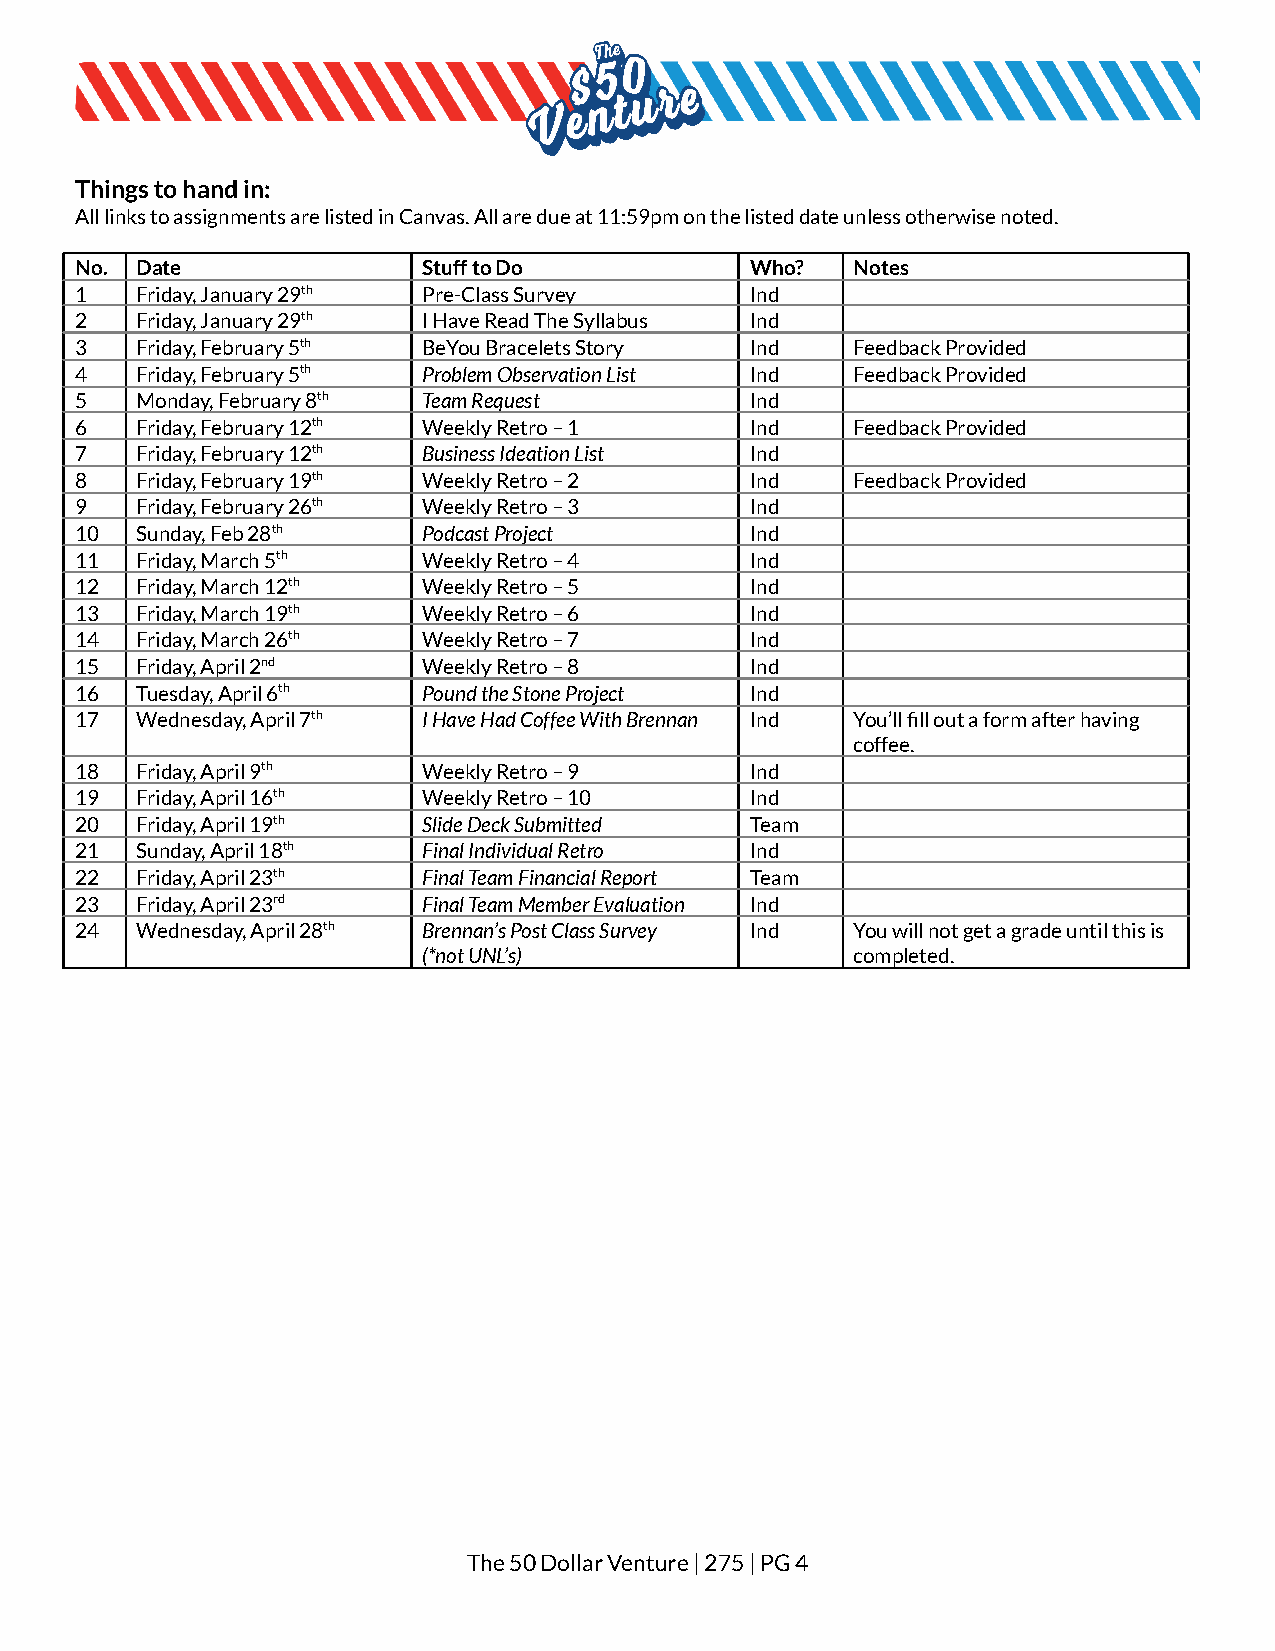
Things to hand in:
 All links to assignments are listed in Canvas. Allare due at 11:59pm on the listed date unless otherwisenoted.
 No. Date               Stuff to Do           Who?  Notes
 1   Friday, January 29th Pre-Class Survey    Ind
 2   Friday, January 29th I Have Read The Syllabus Ind
 3   Friday, February 5th BeYou Bracelets Story Ind Feedback Provided
 4   Friday, February 5th Problem Observation List Ind Feedback Provided
 5   Monday, February 8th Team Request        Ind
 6   Friday, February 12th Weekly Retro – 1   Ind   Feedback Provided
 7   Friday, February 12th Business Ideation List Ind
 8   Friday, February 19th Weekly Retro – 2   Ind   Feedback Provided
 9   Friday, February 26th Weekly Retro – 3   Ind
 10  Sunday, Feb 28th   Podcast Project       Ind
 11  Friday, March 5th  Weekly Retro – 4      Ind
 12  Friday, March 12th Weekly Retro – 5      Ind
 13  Friday, March 19th Weekly Retro – 6      Ind
 14  Friday, March 26th Weekly Retro – 7      Ind
 15  Friday, April 2nd  Weekly Retro – 8      Ind
 16  Tuesday, April 6th Pound the Stone Project Ind
 17  Wednesday, April 7th I Have Had Coffee With Brennan Ind You’ll fill out a form after having
 coffee.
 18  Friday, April 9th  Weekly Retro – 9      Ind
 19  Friday, April 16th Weekly Retro – 10     Ind
 20  Friday, April 19th Slide Deck Submitted  Team
 21  Sunday, April 18th Final Individual Retro Ind
 22  Friday, April 23th Final Team Financial Report Team
 23  Friday, April 23rd Final Team Member Evaluation Ind
 24  Wednesday, April 28th Brennan’s Post Class Survey Ind You will not get a grade until this is
 (*not UNL’s)                completed.
 The 50 Dollar Venture | 275 | PG4